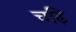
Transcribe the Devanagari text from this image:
चढ़ि